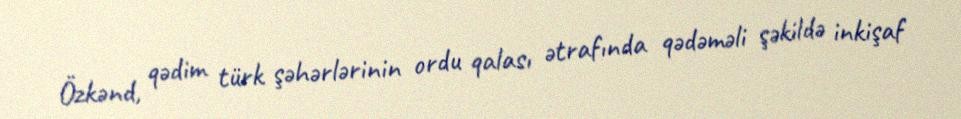
Özkənd, qədim türk şəhərlərinin ordu qalası ətrafında qədəməli şəkildə inkişaf